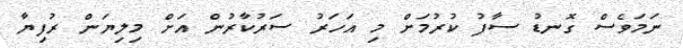
ނަމަވެސް ގޮނޑު ސާފު ކުރުމަށް މި އަހަރު ސަރުކާރުން އަށް މިލިޔަން ރުފިޔާ